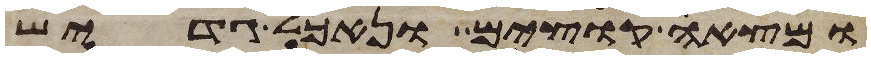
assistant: ומצאה קוצים ונאכל גדיש